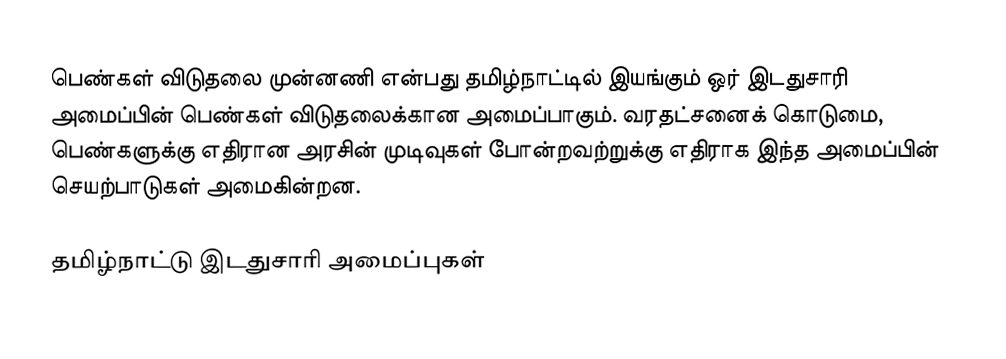
பெண்கள் விடுதலை முன்னணி என்பது தமிழ்நாட்டில் இயங்கும் ஒர் இடதுசாரி அமைப்பின் பெண்கள் விடுதலைக்கான அமைப்பாகும்.  வரதட்சனைக் கொடுமை, பெண்களுக்கு எதிரான அரசின் முடிவுகள் போன்றவற்றுக்கு எதிராக இந்த அமைப்பின் செயற்பாடுகள் அமைகின்றன.

தமிழ்நாட்டு இடதுசாரி அமைப்புகள்